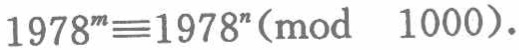
\(1978^{m}\equiv1978^{n}(\text{mod }1000)\)